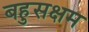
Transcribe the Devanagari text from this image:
बहुसक्षम